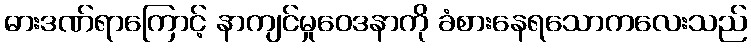
ဓားဒဏ်ရာကြောင့် နာကျင်မှုဝေဒနာကို ခံစားနေရသောကလေးသည်